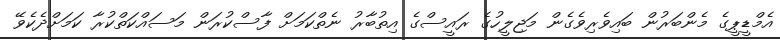
އެމްޑީޕީގެ މެންބަރުން ބައިވެރިވެގެން މަޖިލީހުގެ ރައީސްގެ އިތުބާރު ނެތްކަމަށް ފާސްކުރަން މަސައްކަތްކުރާ ކަމަށްދެކެވޭ